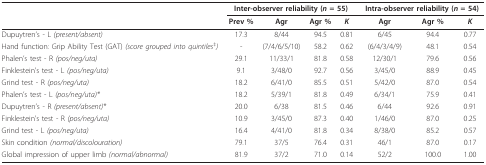
<table><thead><tr><td></td><td colspan="4"><b>Inter-observer reliability (<i>n </i>= 55)</b></td><td colspan="3"><b>Intra-observer reliability (<i>n </i>= 54)</b></td></tr><tr><td></td><td><b>Prev %</b></td><td><b>Agr</b></td><td><b>Agr %</b></td><td><b><i>K</i></b></td><td><b>Agr</b></td><td><b>Agr %</b></td><td><b><i>K</i></b></td></tr></thead><tbody><tr><td>Dupuytren&#x27;s - L <i>(present/absent)</i></td><td>17.3</td><td>8/44</td><td>94.5</td><td>0.81</td><td>6/45</td><td>94.4</td><td>0.77</td></tr><tr><td>Hand function: Grip Ability Test (GAT) <i>(score grouped into quintiles</i><sup>‡</sup><i>)</i></td><td>-</td><td>(7/4/6/5/10)</td><td>58.2</td><td>0.62</td><td>(6/4/3/4/9)</td><td>48.1</td><td>0.54</td></tr><tr><td>Phalen&#x27;s test - R <i>(pos/neg/uta)</i></td><td>29.1</td><td>11/33/1</td><td>81.8</td><td>0.58</td><td>12/30/1</td><td>79.6</td><td>0.56</td></tr><tr><td>Finklestein&#x27;s test - L <i>(pos/neg/uta)</i></td><td>9.1</td><td>3/48/0</td><td>92.7</td><td>0.56</td><td>3/45/0</td><td>88.9</td><td>0.45</td></tr><tr><td>Grind test - R <i>(pos/neg/uta)</i></td><td>18.2</td><td>6/41/0</td><td>85.5</td><td>0.51</td><td>5/42/0</td><td>87.0</td><td>0.54</td></tr><tr><td>Phalen&#x27;s test - L <i>(pos/neg/uta)*</i></td><td>18.2</td><td>5/39/1</td><td>81.8</td><td>0.49</td><td>6/34/1</td><td>75.9</td><td>0.41</td></tr><tr><td>Dupuytren&#x27;s - R <i>(present/absent)*</i></td><td>20.0</td><td>6/38</td><td>81.5</td><td>0.46</td><td>6/44</td><td>92.6</td><td>0.91</td></tr><tr><td>Finklestein&#x27;s test - R <i>(pos/neg/uta)</i></td><td>10.9</td><td>3/45/0</td><td>87.3</td><td>0.40</td><td>1/46/0</td><td>87.0</td><td>0.25</td></tr><tr><td>Grind test - L <i>(pos/neg/uta)</i></td><td>16.4</td><td>4/41/0</td><td>81.8</td><td>0.34</td><td>8/38/0</td><td>85.2</td><td>0.57</td></tr><tr><td>Skin condition <i>(normal/discolouration)</i></td><td>79.1</td><td>37/5</td><td>76.4</td><td>0.31</td><td>46/1</td><td>87.0</td><td>0.17</td></tr><tr><td>Global impression of upper limb <i>(normal/abnormal)</i></td><td>81.9</td><td>37/2</td><td>71.0</td><td>0.14</td><td>52/2</td><td>100.0</td><td>1.00</td></tr></tbody></table>